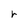
Character: r